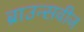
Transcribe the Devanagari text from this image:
ब्राउन्सवीज